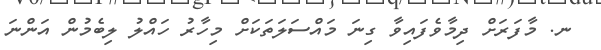
ނ. މާފަރަށް ދިމާވެފައިވާ ގިނަ މައްސަލަތަކަށް މިހާރު ހައްލު ލިބެމުން އަންނަ